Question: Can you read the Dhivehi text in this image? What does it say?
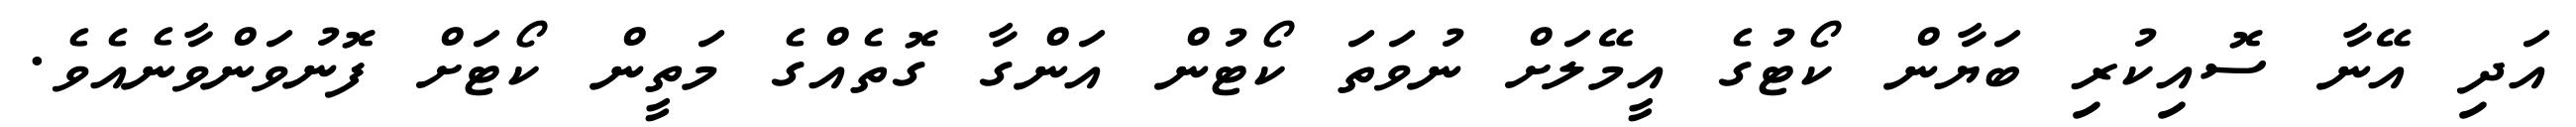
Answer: އަދި އޭނާ ސޮއިކުރި ބަޔާން ކޯޓުގެ އީމޭލަށް ނުވަތަ ކޯޓުން އަންގާ ގޮތެއްގެ މަތީން ކޯޓަށް ފޮނުވަންވާނެއެވެ.